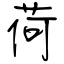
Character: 荷